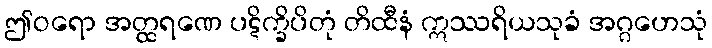
ဤဝရော အတ္ထရဏေ ပဋိက္ခိပိတုံ တိထီနံ ဣဿရိယသုခံ အဂ္ဂဟေသုံ